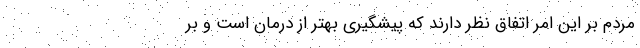
مردم بر این امر اتفاق نظر دارند که پیشگیری بهتر از درمان است و بر